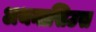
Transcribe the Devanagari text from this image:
अथनासिउस